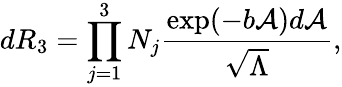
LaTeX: dR_{3}=\prod_{j=1}^{3}N_{j}\frac{\exp(-b{\cal A})d{\cal A}}{\sqrt{\Lambda}},